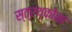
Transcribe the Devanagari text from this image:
स्त्रथ्कोना